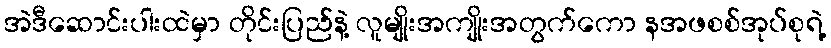
အဲဒီဆောင်းပါးထဲမှာ တိုင်းပြည်နဲ့ လူမျိုးအကျိုးအတွက်ကော နအဖစစ်အုပ်စုရဲ့